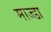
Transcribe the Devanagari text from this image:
माज्डा